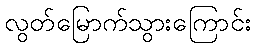
လွတ်မြောက်သွားကြောင်း